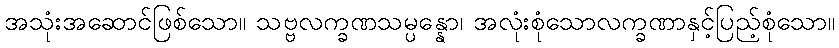
အသုံးအဆောင်ဖြစ်သော။ သဗ္ဗလက္ခဏသမ္ပန္နော၊ အလုံးစုံသောလက္ခဏာနှင့်ပြည့်စုံသော။